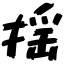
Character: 揺